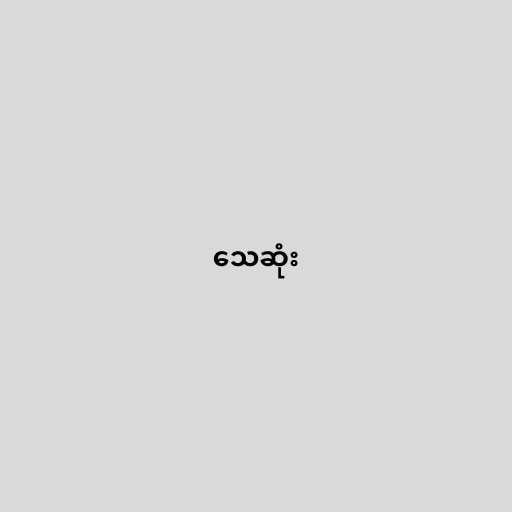
သေဆုံး